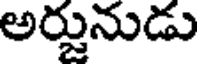
అర్జునుడు